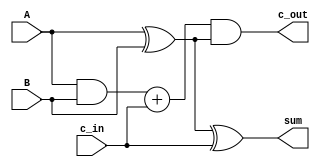
module Full_Adder(sum,c_out,A,B,c_in);
input A,B,c_in;
output sum,c_out;
assign sum=(A^B)^c_in;
/*Sum = (A XOR B) XOR Carry In*/
assign c_out=(A & B) + c_in & (A ^ B);
/*Carry out  = (A AND B) OR Carry In AND ( A XOR B)*/
endmodule